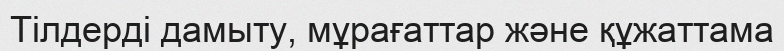
Тілдерді дамыту, мұрағаттар және құжаттама